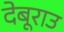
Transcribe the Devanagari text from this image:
देबूराउ